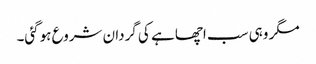
مگر وہی سب اچھا ہے کی گردان شروع ہوگئی۔